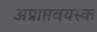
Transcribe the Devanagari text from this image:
अप्राप्तवयस्क